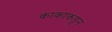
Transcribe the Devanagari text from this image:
काकांकडून